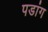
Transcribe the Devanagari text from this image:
पडांग